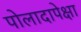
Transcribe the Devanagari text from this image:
पोलादापेक्षा